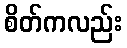
စိတ်ကလည်း